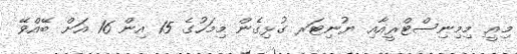
މިއީ މިމިނިސްޓްރީއާއި ޔުނިޓަރ ގުޅިގެން މިމަހުގެ 15 އިން 16 އަށް ބޭއްވޭ